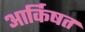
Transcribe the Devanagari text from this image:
आर्किषत